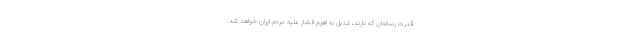
قدرت رسانه‌ای که دارند، تبدیل به اهرم فشار علیه مردم ایران خواهد شد.